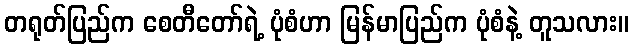
တရုတ်ပြည်က စေတီတော်ရဲ့ ပုံစံဟာ မြန်မာပြည်က ပုံစံနဲ့ တူသလား။